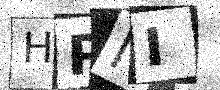
Text: HPNI